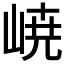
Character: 𡸳